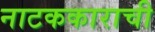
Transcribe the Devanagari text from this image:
नाटककाराची